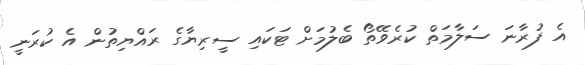
އެ ފުރާނަ ސަލާމަތް ކުރެވޭތޯ ބެލުމަށް ޓަކައި ސީރިޔާގެ ރައްޔިތުން އެ ކުރަނީ